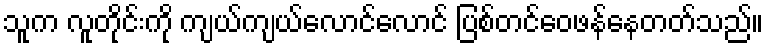
သူက လူတိုင်းကို ကျယ်ကျယ်လောင်လောင် ပြစ်တင်ဝေဖန်နေတတ်သည်။